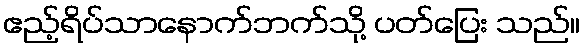
ဧည့်ရိပ်သာနောက်ဘက်သို့ ပတ်ပြေး သည်။